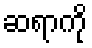
ဆရာကို